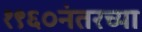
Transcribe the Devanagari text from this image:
१९६०नंतरच्या